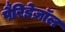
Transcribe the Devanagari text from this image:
पैरिडेज़ॉल